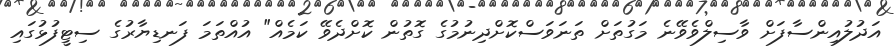
އަދުލުއިންސާފަށް ވާސިލްވެވޭނެ މަގުތަށް ތަނަވަސްކޮށްދިނުމުގެ ގޮތުން ކޮށްދެވޭ ކަމެއް" އުއްތަމަ ފަނޑިޔާރުގެ ސިޓީފުޅުގައި